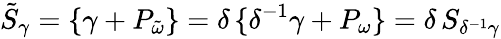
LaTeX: \tilde{S}_{\gamma}=\{ \gamma+P_{\tilde{\omega}}\} =\delta\, \{ \delta^{-1}\gamma+P_{\omega}\} =\delta\, S_{\delta^{-1}\gamma}